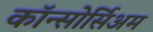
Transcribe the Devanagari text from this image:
कॉन्सोर्सिअम